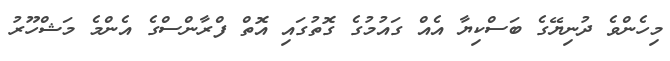
މިހެންވެ ދުނިޔޭގެ ބަސްކިޔާ އެއް ގައުމުގެ ގޮތުގައި އޮތް ފްރާންސްގެ އެންމެ މަޝްހޫރު